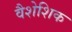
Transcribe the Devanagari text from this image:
वैशेशिक